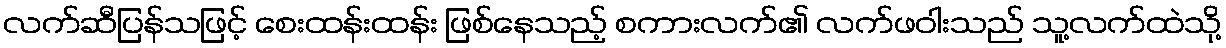
လက်ဆီပြန်သဖြင့် စေးထန်းထန်း ဖြစ်နေသည့် စကားလက်၏ လက်ဖဝါးသည် သူ့လက်ထဲသို့